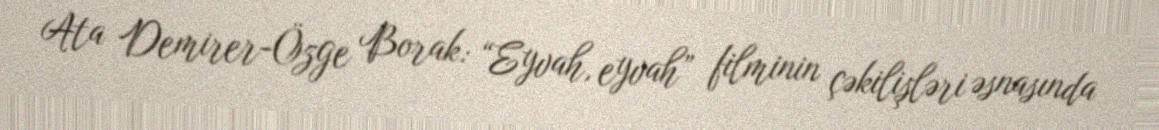
Ata Demirer-Özge Borak: “Eyvah, eyvah” filminin çəkilişləri əsnasında